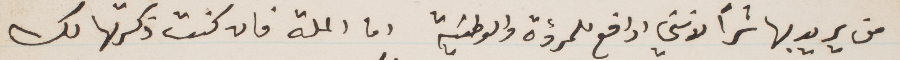
من يريد بها شرًا لانني ادافع للمرؤة والوطنية اما الملة فان كنت ذكرتها لك